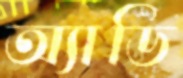
অ্যাডি